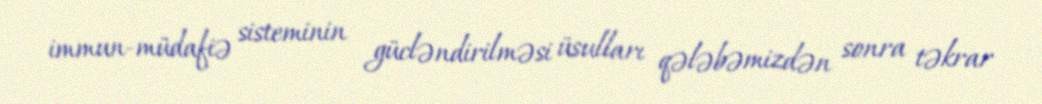
immun-müdafiə sisteminin gücləndirilməsi üsulları qələbəmizdən sonra təkrar